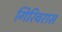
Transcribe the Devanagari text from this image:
गिरिवरास